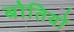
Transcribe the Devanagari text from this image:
बोतियों